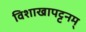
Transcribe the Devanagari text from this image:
विशाखापट्टनम्